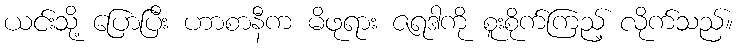
ယင်းသို့ ပြောပြီး ဟာစာနီက မိဖုရား ဇရဒါကို စူးစိုက်ကြည့် လိုက်သည်။